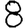
Digit: 8